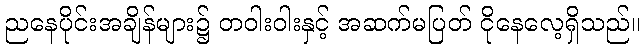
ညနေပိုင်းအချိန်များ၌ တဝါးဝါးနှင့် အဆက်မပြတ် ငိုနေလေ့ရှိသည်။